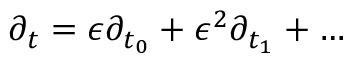
\partial _ { t } = \epsilon \partial _ { t _ { 0 } } + \epsilon ^ { 2 } \partial _ { t _ { 1 } } + \ldots